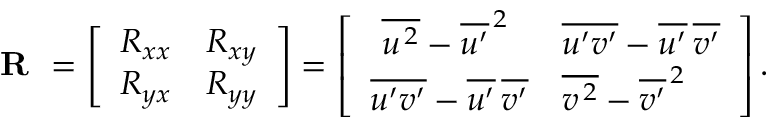
\begin{array} { r } { \textbf { R } = \left[ \begin{array} { l l } { R _ { x x } } & { R _ { x y } } \\ { R _ { y x } } & { R _ { y y } } \end{array} \right] = \left[ \begin{array} { l l } { \, \, \overline { { { u ^ { \, 2 } } } } - \overline { { { u ^ { \prime } } } } ^ { \, 2 } } & { \overline { { { u ^ { \prime } v ^ { \prime } } } } - \overline { { { u ^ { \prime } } } } \, \overline { { { v ^ { \prime } } } } } \\ { \overline { { { u ^ { \prime } v ^ { \prime } } } } - \overline { { { u ^ { \prime } } } } \, \overline { { { v ^ { \prime } } } } } & { \overline { { { v ^ { \, 2 } } } } - \overline { { { v ^ { \prime } } } } ^ { \, 2 } } \end{array} \right] . } \end{array}